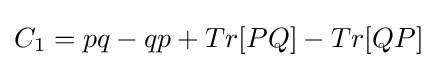
C_{1}=pq-qp+Tr[PQ]-Tr[QP]